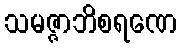
သမဇ္ဇာဘိစရဏေ